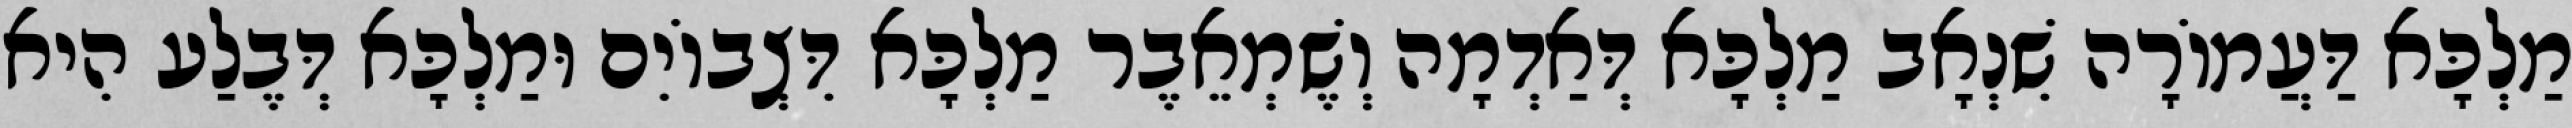
מַלְכָּא דַּעֲמוֹרָה שִׁנְאָב מַלְכָּא דְּאַדְמָה וְשֶׁמְאֵבֶר מַלְכָּא דִּצְבוֹיִם וּמַלְכָּא דְּבֶלַע הִיא